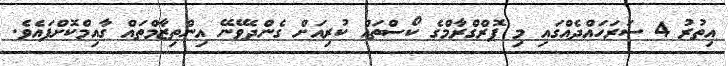
އިތުރު 4 ސަރަހައްދެއްގައި މި ޕޮރްގްރާމްގެ ކޯސްތައް ކުރިއަށް ގެންދެވޭނޭ އިންތިޒާމްތައް ގާއިމްކޮށްފައެވެ.